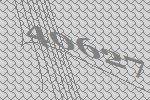
40627